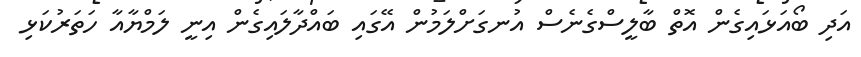
އަދި ބޯއަޅައިގެން އޮތް ބާލީސްގެނެސް އުނގަށްލަމުން އޭގައި ބައްދާލައިގެން އިނީ ލަމްޔާއާ ހަތަރުކަޅި